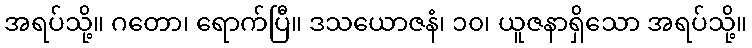
အရပ်သို့။ ဂတော၊ ရောက်ပြီ။ ဒသယောဇနံ၊ ၁၀၊ ယူဇနာရှိသော အရပ်သို့။